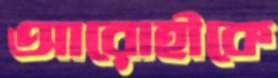
আরোহীকে